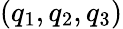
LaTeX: (q_{1},q_{2},q_{3})